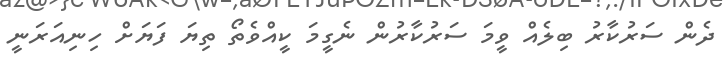
ދެން ސަރުކާރު ބިލެއް ވީމަ ސަރުކާރުން ނެގީމަ ކީއްވެތޯ ތިޔަ ފަޔަށް ހިނިއަރަނީ